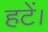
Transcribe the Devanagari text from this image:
हटें।